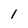
Character: 1